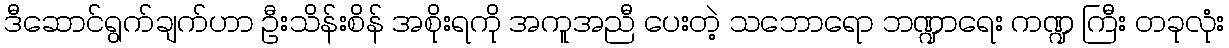
ဒီဆောင်ရွက်ချက်ဟာ ဦးသိန်းစိန် အစိုးရကို အကူအညီ ပေးတဲ့ သဘောရော ဘဏ္ဍာရေး ကဏ္ဍ ကြီး တခုလုံး